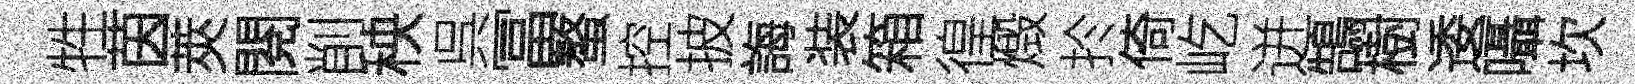
牲茵莢閱削秧呉冨螯控披誨装箱徨燬扵倚屹迸鵠樹逶囁坎